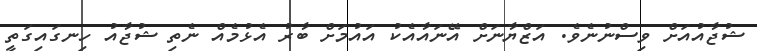
ޝުޖާއުއަށް ވިސްނުނެވެ. އަޒްޔާނަށް އޭނައާއެކު އައުމަށް ބާރު އެޅުމެއް ނެތި ޝުޖާއު ހިނގައިގަތީ